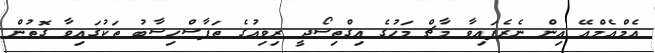
އެމްއެމްއޭ އިން ނެރެފައިވާ މާޗް މަހުގެ އިގްތިސޯދީ ރިވިއުގެ ތަފާސްހިސާބު ތަކުގައިވާ ގޮތުން